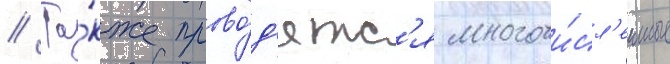
// Та́кже прово́д'ятс'я многочи́сл'енные